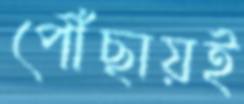
পৌঁছায়ই